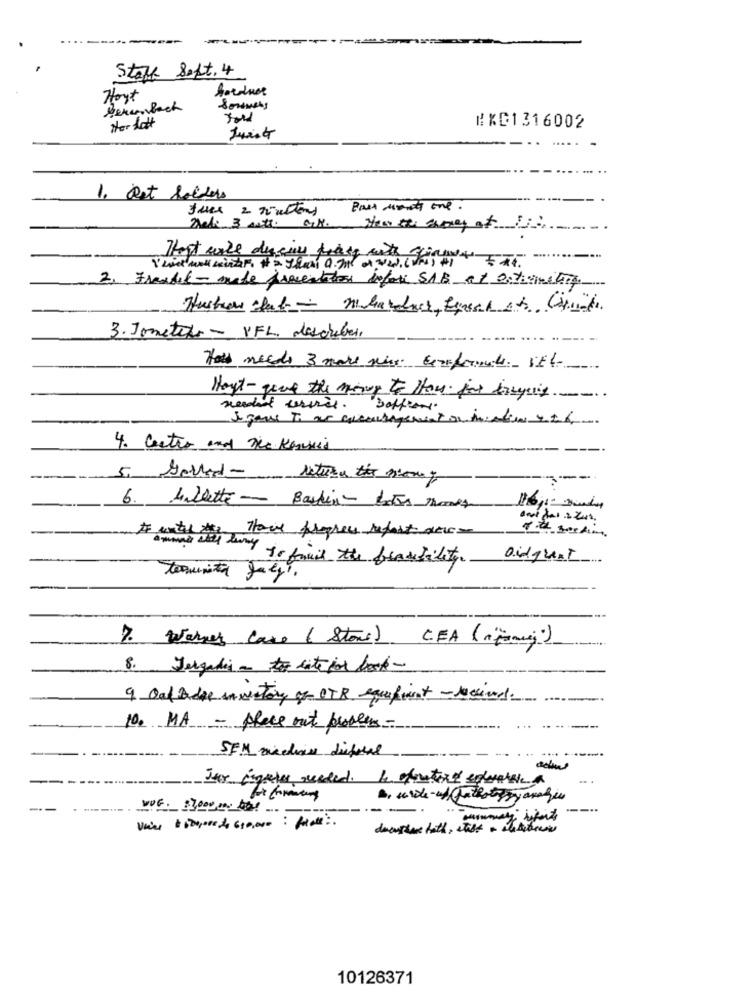
Stoff Sept. 4
Hoyt
Berenbach
Sommers
Her Lott
Told
WX1316002
1. Det holders
fuer 2 routons
Bast monats the .
That will during frase with girls
2. Frandif-made procentlos infor SAB at Ontinitions
3. Jonetop - VFL. describer.
Hall needs 3 make nice Exmoformats VE6.
Haut- give the ming to Have for boysis ....
4. Centro and The Kancui
---
5. Sallad- return the money
----
6. Ladette - Baskin- botas markt
Hour propres refait der-
ofthe section
Iwerd was try to fail the frautility.
Didguent
toquinta faggi.
7. Warner Case (Stone) CFA (niowej)
8. Jergadig a to late for book-
9 Dat Adre inventory of OTB equipment - received.
10. MA - place out problems-
NOG. $7,000 m the
---.
10126371